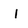
Character: I